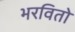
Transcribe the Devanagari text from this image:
भरवितो